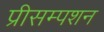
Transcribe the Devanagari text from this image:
प्रीसम्पशन